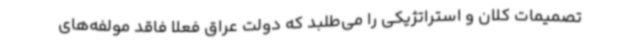
تصمیمات کلان و استراتژیکی را می‌طلبد که دولت عراق فعلا فاقد مولفه‌های